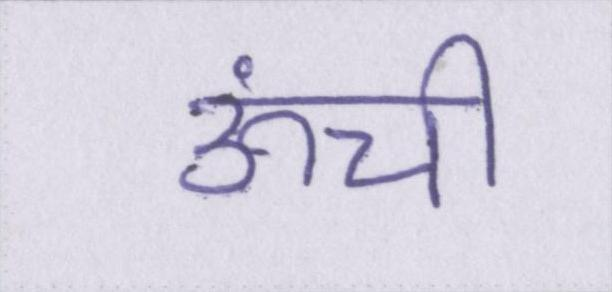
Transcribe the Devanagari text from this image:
ऊंची